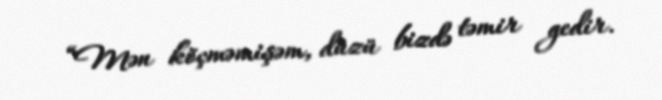
“Mən köçməmişəm, düzü bizdə təmir gedir.